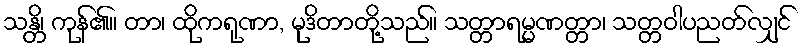
သန္တိ၊ ကုန်၏။ တာ၊ ထိုကရုဏာ, မုဒိတာတို့သည်။ သတ္တာရမ္မဏတ္တာ၊ သတ္တဝါပညတ်လျှင်